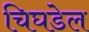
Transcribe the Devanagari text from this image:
चिघडेल